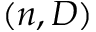
( n , D )